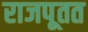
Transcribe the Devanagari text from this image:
राजपूतत